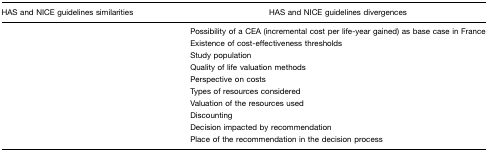
<table><thead><tr><td><b>HAS and NICE guidelines similarities</b></td><td><b>HAS and NICE guidelines divergences</b></td></tr></thead><tbody><tr><td>[EMPTY_CELL]</td><td>Possibility of a CEA (incremental cost per life-year gained) as base case in FranceExistence of cost-effectiveness thresholdsStudy populationQuality of life valuation methodsPerspective on costsTypes of resources consideredValuation of the resources usedDiscountingDecision impacted by recommendationPlace of the recommendation in the decision process</td></tr></tbody></table>